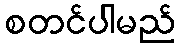
စတင်ပါမည်